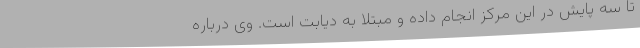
تا سه پایش در این مرکز انجام داده و مبتلا به دیابت است. وی درباره